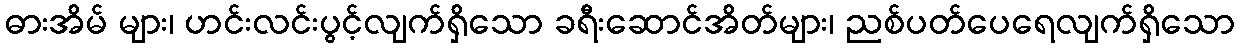
ဓားအိမ် များ၊ ဟင်းလင်းပွင့်လျက်ရှိသော ခရီးဆောင်အိတ်များ၊ ညစ်ပတ်ပေရေလျက်ရှိသော